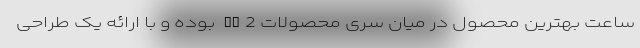
ساعت بهترین محصول در میان سری محصولات GT2 بوده و با ارائه یک طراحی